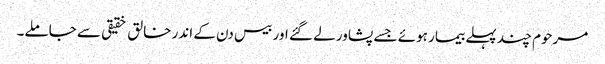
مرحوم چند پہلے بیمار ہوئے جسے پشاور لے گئے اور بیس دن کے اندر خالق خقیقی سے جاملے۔